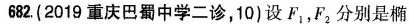
682.(2019重庆巴蜀中学二诊，10)设F_{1}，F_{2}分别是椭